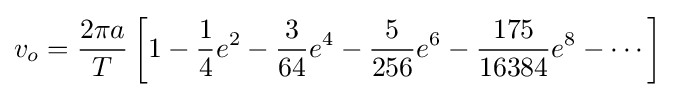
v_{o}={\frac {2\pi a}{T}}\left[1-{\frac {1}{4}}e^{2}-{\frac {3}{64}}e^{4}-{\frac {5}{256}}e^{6}-{\frac {175}{16384}}e^{8}-\cdots \right]